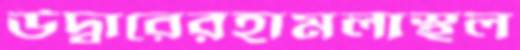
উদ্বারেরহামলাস্থল